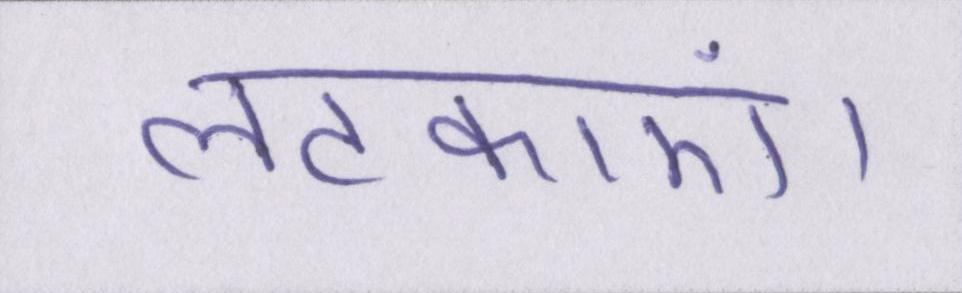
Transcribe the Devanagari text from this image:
लटकाएं।